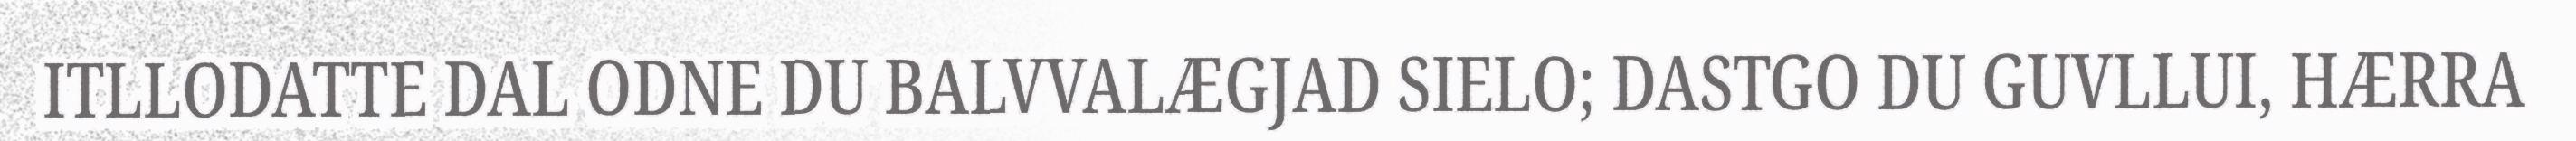
ITLLODATTE DAL ODNE DU BALVVALÆGJAD SIELO; DASTGO DU GUVLLUI, HÆRRA